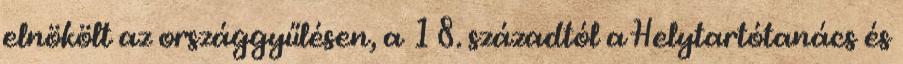
elnökölt az országgyűlésen, a 18. századtól a Helytartótanács és